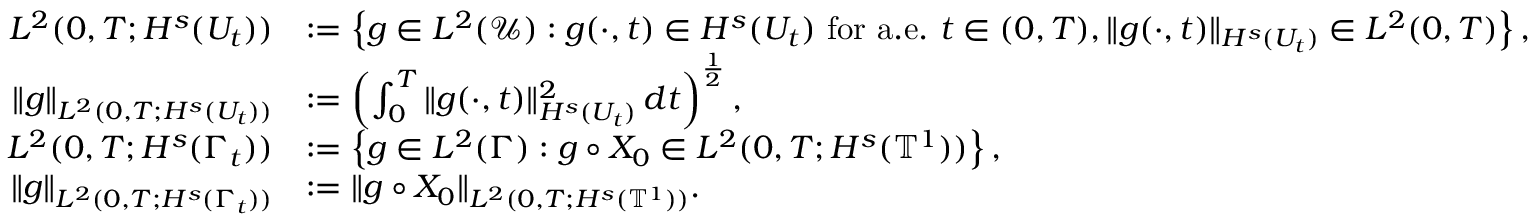
\begin{array} { r l } { L ^ { 2 } ( 0 , T ; H ^ { s } ( U _ { t } ) ) } & { : = \left\{ g \in L ^ { 2 } ( \mathcal { U } ) : g ( \cdot , t ) \in H ^ { s } ( U _ { t } ) \mathrm { ~ f o r ~ a . e . \ } t \in ( 0 , T ) , \| g ( \cdot , t ) \| _ { H ^ { s } ( U _ { t } ) } \in L ^ { 2 } ( 0 , T ) \right\} , } \\ { \| g \| _ { L ^ { 2 } ( 0 , T ; H ^ { s } ( U _ { t } ) ) } } & { : = \left( \int _ { 0 } ^ { T } \| g ( \cdot , t ) \| _ { H ^ { s } ( U _ { t } ) } ^ { 2 } \, d t \right) ^ { \frac 1 2 } , } \\ { L ^ { 2 } ( 0 , T ; H ^ { s } ( \Gamma _ { t } ) ) } & { : = \left\{ g \in L ^ { 2 } ( \Gamma ) : g \circ X _ { 0 } \in L ^ { 2 } ( 0 , T ; H ^ { s } ( \ensuremath { \mathbb { T } } ^ { 1 } ) ) \right\} , } \\ { \| g \| _ { L ^ { 2 } ( 0 , T ; H ^ { s } ( \Gamma _ { t } ) ) } } & { : = \| g \circ X _ { 0 } \| _ { L ^ { 2 } ( 0 , T ; H ^ { s } ( \ensuremath { \mathbb { T } } ^ { 1 } ) ) } . } \end{array}